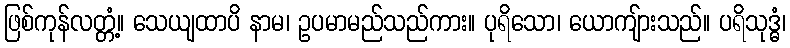
ဖြစ်ကုန်လတ္တံ့။ သေယျထာပိ နာမ၊ ဥပမာမည်သည်ကား။ ပုရိသော၊ ယောကျ်ားသည်။ ပရိသုဒ္ဓံ၊